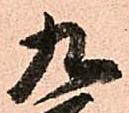
九